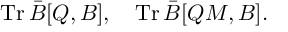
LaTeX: \mathrm { T r } \, \bar { B } [ Q , B ] , \quad \mathrm { T r } \, \bar { B } [ Q M , B ] .